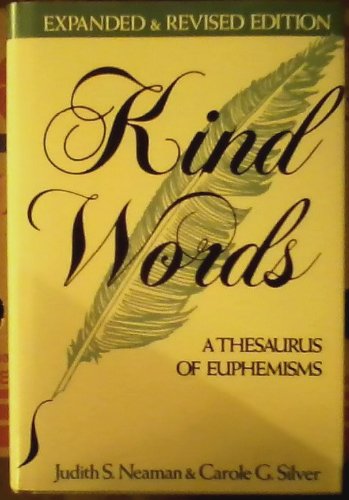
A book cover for Kind Words: A Thesaurus of Euphemisms; Judith S. Neaman; Reference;